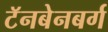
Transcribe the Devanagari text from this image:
टॅनबेनबर्ग